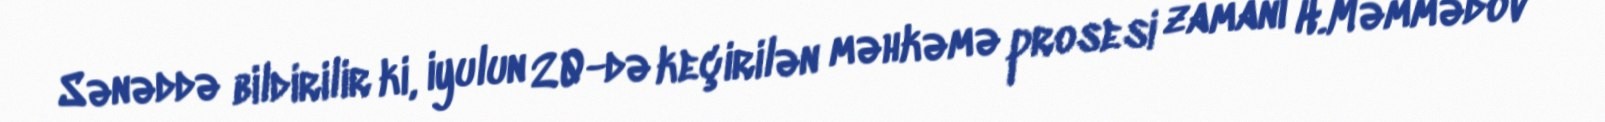
Sənəddə bildirilir ki, iyulun 20-də keçirilən məhkəmə prosesi zamanı H.Məmmədov